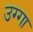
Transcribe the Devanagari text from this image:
उग्गा